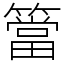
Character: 簹